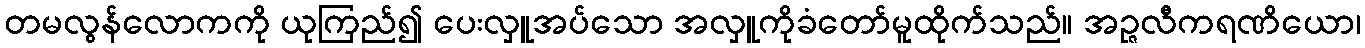
တမလွန်လောကကို ယုကြည်၍ ပေးလှူအပ်သော အလှူကိုခံတော်မူထိုက်သည်။ အဉ္ဇလီကရဏိယော၊